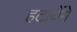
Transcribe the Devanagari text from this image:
हटायेंगे